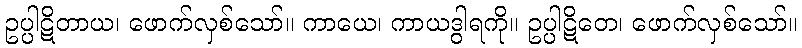
ဥပ္ပါဋိတာယ၊ ဖောက်လှစ်သော်။ ကာယေ၊ ကာယဒွါရကို။ ဥပ္ပါဋိတေ၊ ဖောက်လှစ်သော်။